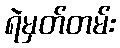
ရဲမှတ်တမ်း